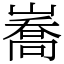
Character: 㠐